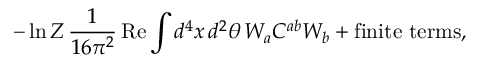
- \ln Z \, \frac { 1 } { 1 6 \pi ^ { 2 } } \, \mathrm { R e } \int d ^ { 4 } x \, d ^ { 2 } \theta \, W _ { a } C ^ { a b } W _ { b } + \mathrm { f i n i t e ~ t e r m s } ,